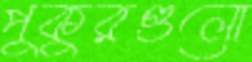
পুকুরগুলো